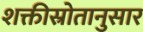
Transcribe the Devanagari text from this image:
शक्तीस्रोतानुसार